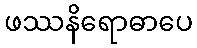
ဖဿနိရောဓာပေ